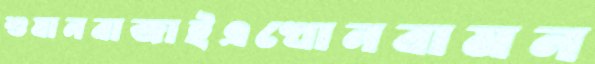
শুষানবাজাইএখোনবামন